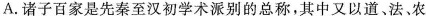
A.诸子百家是先秦至汉初学术涨别的总称，其中又以道、法、农